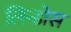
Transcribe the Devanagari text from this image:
लिन्डोस